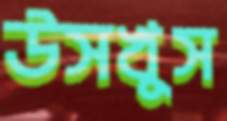
উসখুস